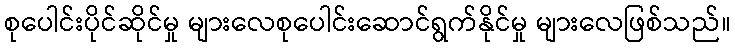
စုပေါင်းပိုင်ဆိုင်မှု များလေစုပေါင်းဆောင်ရွက်နိုင်မှု များလေဖြစ်သည်။